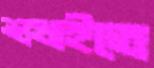
শুখাইতে